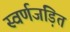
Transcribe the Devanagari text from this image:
स्‍वर्णजड़ित